Lunatic asylums Bombay report 1878-1890 - 1878-1890
Year: 1878
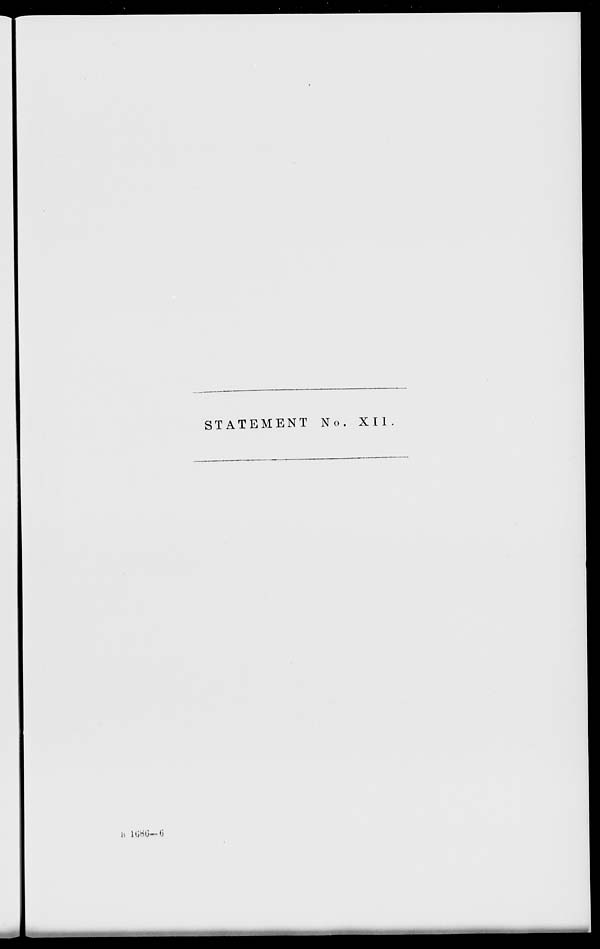
STATEMENT No. XII.
B 1686—6